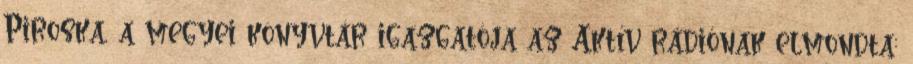
Piroska, a megyei könyvtár igazgatója az Aktív rádiónak elmondta: